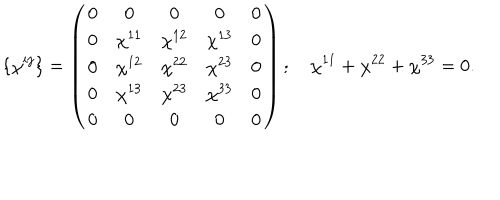
\{ \chi ^ { i j } \} = \left( \begin{array} { c c c c c } { { 0 } } & { { 0 } } & { { 0 } } & { { 0 } } & { { 0 } } \\ { { 0 } } & { { \chi ^ { 1 1 } } } & { { \chi ^ { 1 2 } } } & { { \chi ^ { 1 3 } } } & { { 0 } } \\ { { 0 } } & { { \chi ^ { 1 2 } } } & { { \chi ^ { 2 2 } } } & { { \chi ^ { 2 3 } } } & { { 0 } } \\ { { 0 } } & { { \chi ^ { 1 3 } } } & { { \chi ^ { 2 3 } } } & { { \chi ^ { 3 3 } } } & { { 0 } } \\ { { 0 } } & { { 0 } } & { { 0 } } & { { 0 } } & { { 0 } } \\ \end{array} \right) ; ~ \chi ^ { 1 1 } + \chi ^ { 2 2 } + \chi ^ { 3 3 } = 0 .